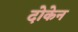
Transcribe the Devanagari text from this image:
दोकेन